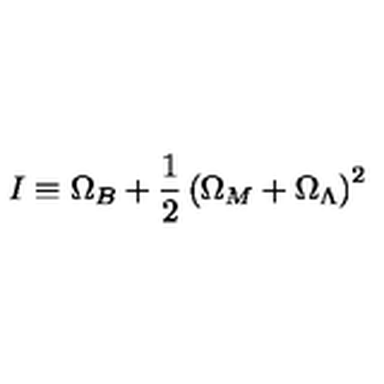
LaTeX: I \equiv \Omega _ { B } + \frac { 1 } { 2 } \left( \Omega _ { M } + \Omega _ { \Lambda } \right) ^ { 2 }